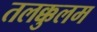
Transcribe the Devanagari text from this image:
तलक्कुलम